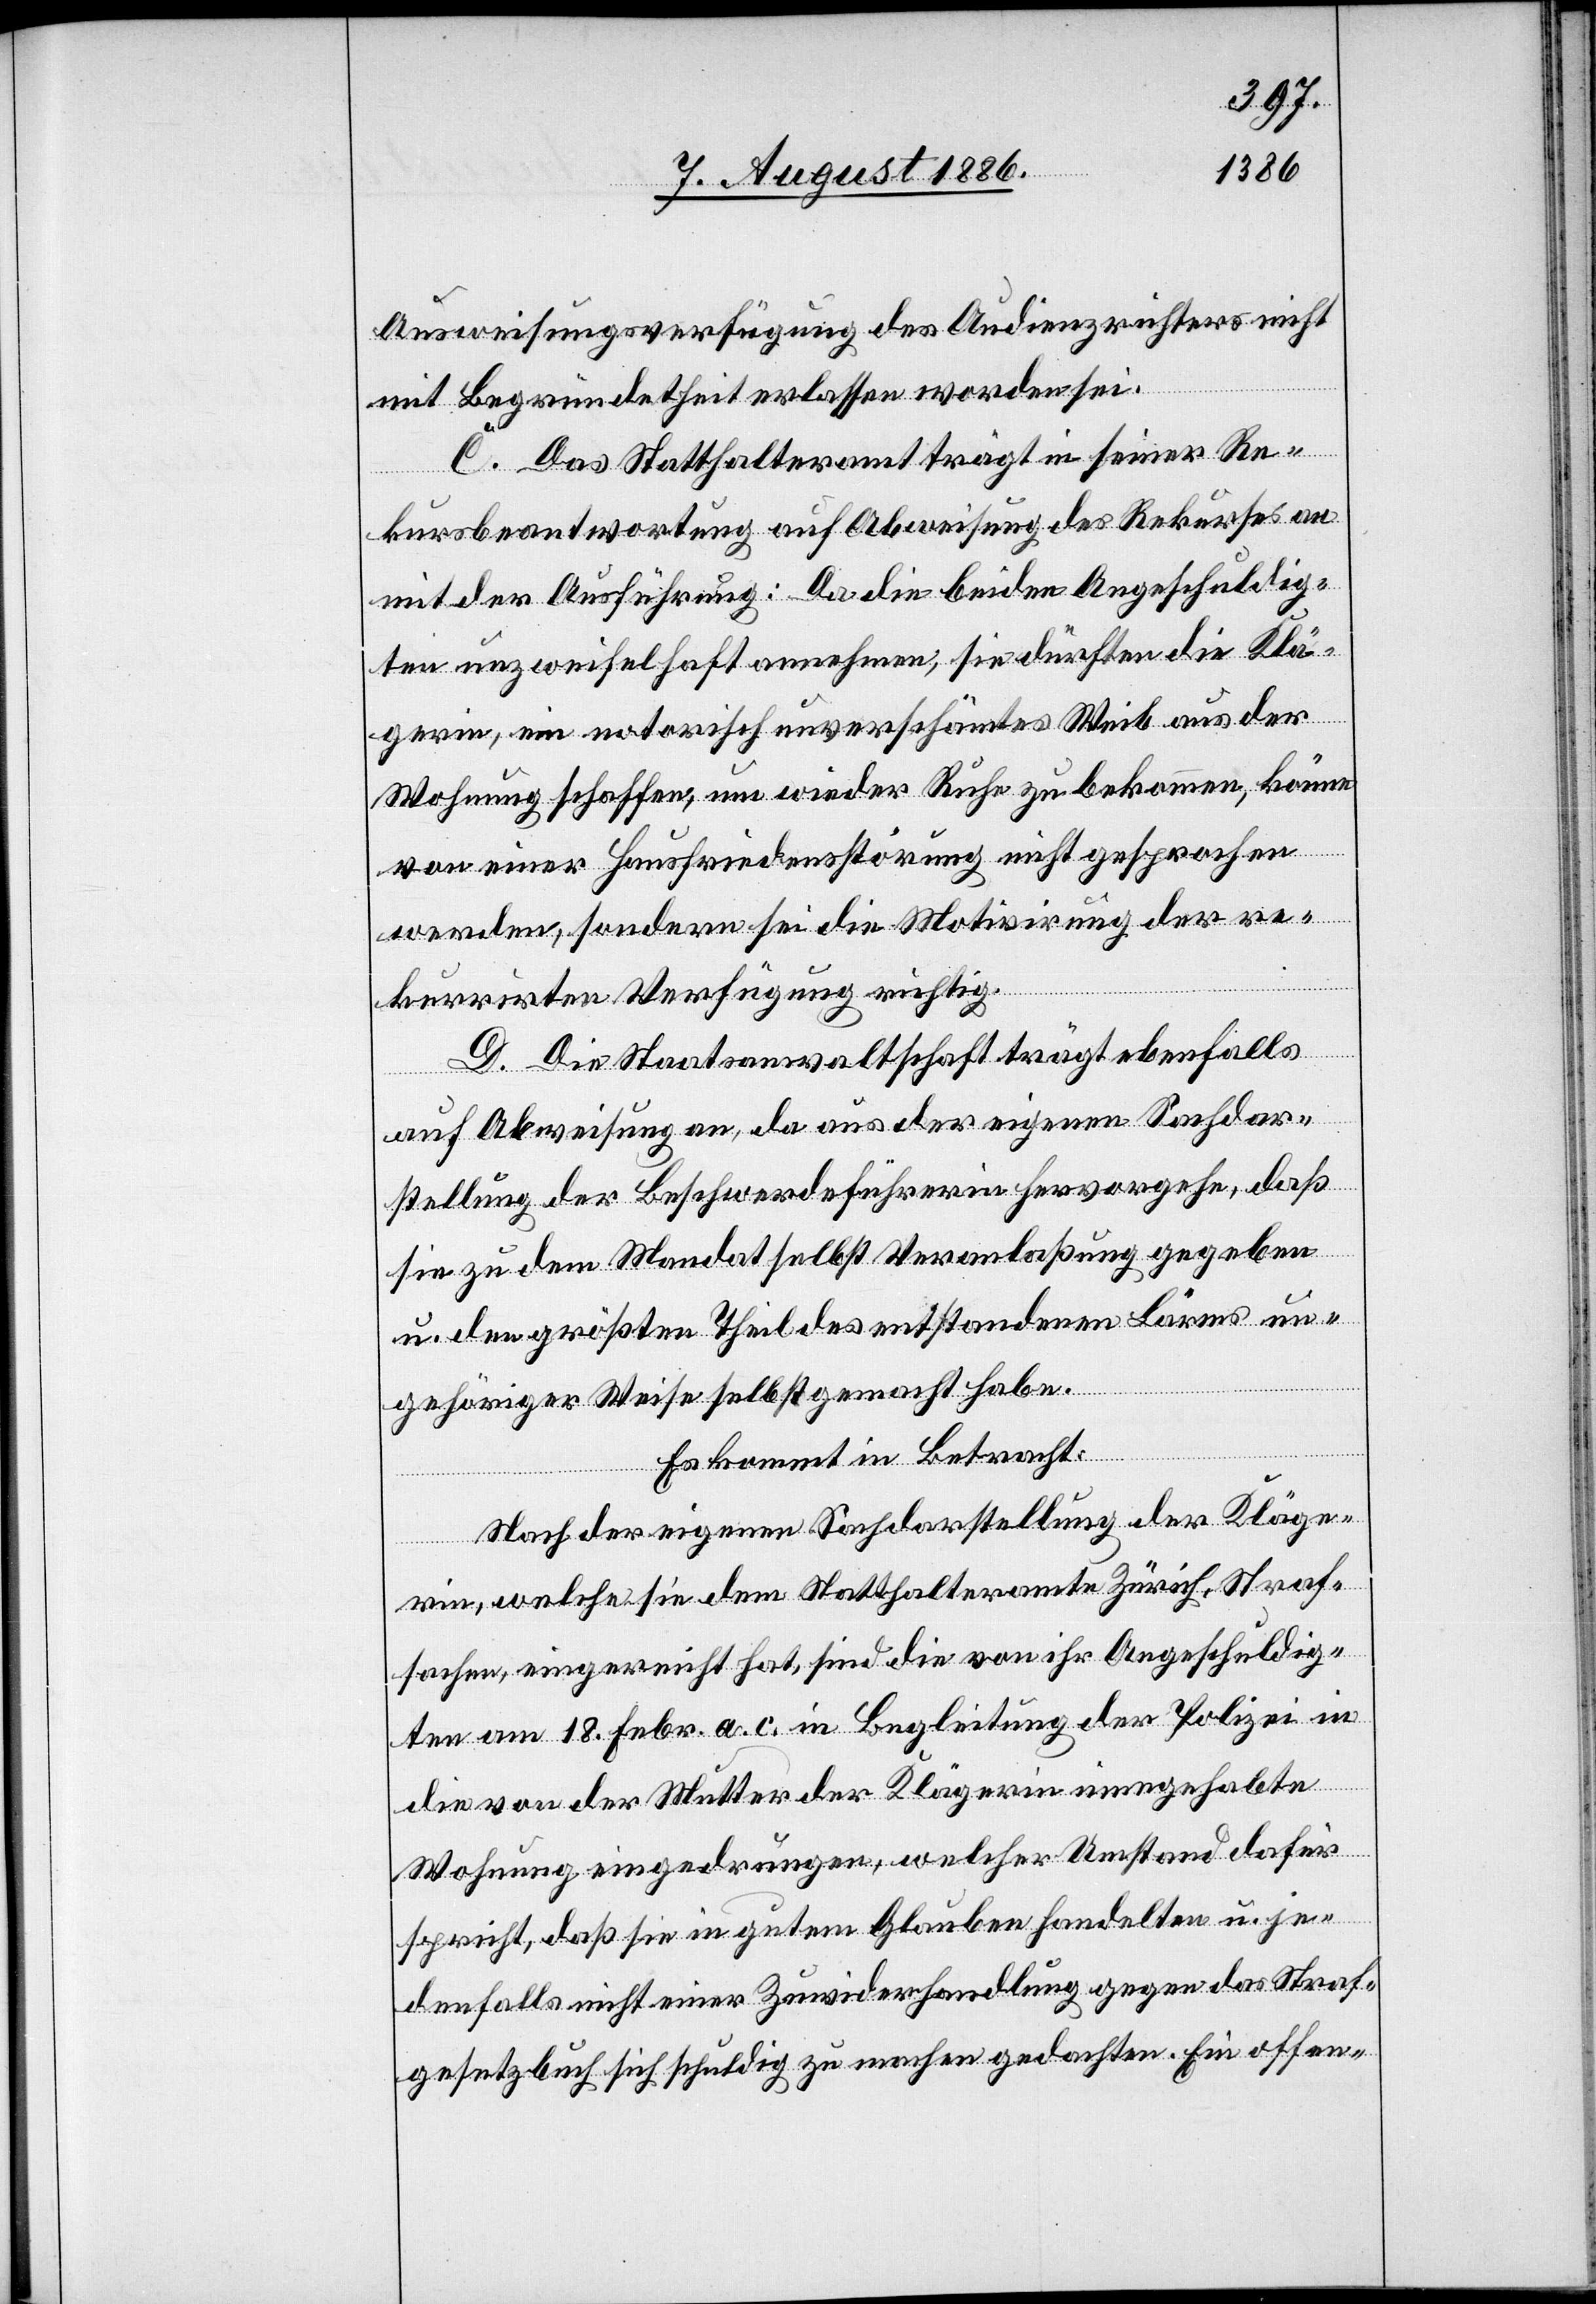
Ausweisungsverfügung des Audienzrichters nicht
mit Begründetheit erlassen worden sei.
C. Das Statthalteramt trägt in seiner Re¬
kursbeantwortung auf Abweisung des Rekurses an
mit der Ausführung: Da die beiden Angeschuldig¬
ten unzweifelhaft annehmen, sie dürften die Klä¬
gerin, ein notorisch unverschämtes Weib aus der
Wohnung schaffen, um wieder Ruhe zu bekommen, könne
von einer Hausfriedensstörung nicht gesprochen
werden, sondern sei die Motivirung der re¬
kurrirten Verfügung richtig.
D. Die Staatsanwaltschaft trägt ebenfalls
auf Abweisung an, da aus der eigenen Sachdar¬
stellung der Beschwerdeführerin hervorgehe, daß
sie zu dem Mandat selbst Veranlaßung gegeben
u. den größten Theil des entstandenen Lärms un¬
gehöriger Weise selbst gemacht habe.
Es kommt in Betracht:
Nach der eigenen Sachdarstellung der Kläge¬
rin, welche sie dem Statthalteramte Zürich, Straf¬
sachen, eingereicht hat, sind die von ihr Angeschuldig¬
ten am 18. Febr. a. c. in Begleitung der Polizei in
die von der Mutter der Klägerin innegehabte
Wohnung eingedrungen, welcher Umstand dafür
spricht, daß sie in gutem Glauben handelten u. je¬
denfalls nicht einer Zuwiderhandlung gegen das Straf¬
gesetzbuch sich schuldig zu machen gedachten. Ein offen-